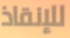
للإنقاذ